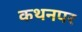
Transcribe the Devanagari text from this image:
कथनपर